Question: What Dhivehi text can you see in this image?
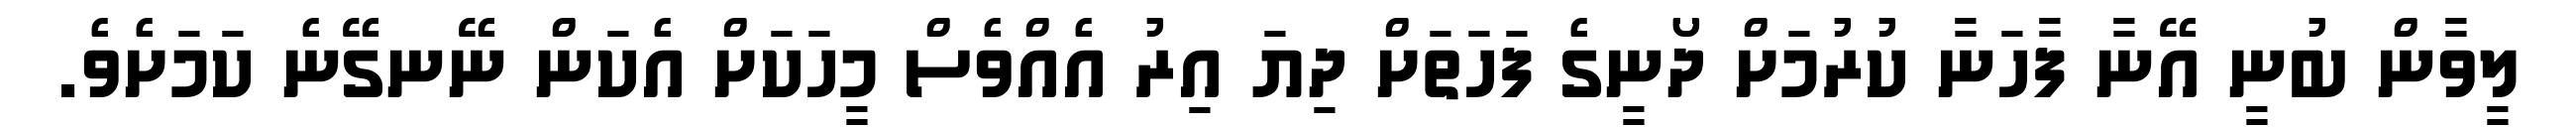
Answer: ލީވާން ބުނީ އޭނާ ފާހަނާ ކުރުމަށް ދޯނީގެ ފަހަތަށް ދިޔަ އިރު އެއްވެސް މީހަކަށް އެކަން ނޭނގޭނެ ކަމަށެވެ.